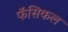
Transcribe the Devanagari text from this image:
फॅसिकल